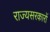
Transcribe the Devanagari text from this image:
राज्यसरकारों